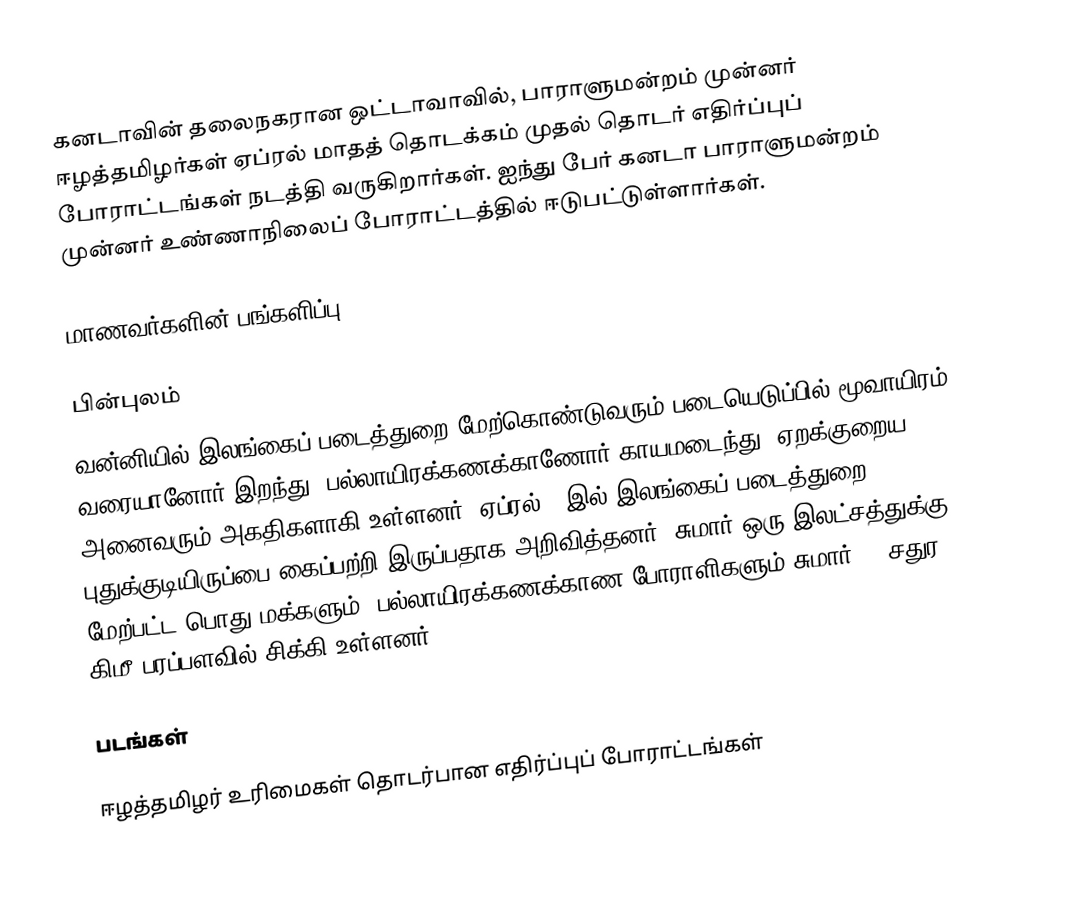
கனடாவின் தலைநகரான ஒட்டாவாவில், பாராளுமன்றம் முன்னர் ஈழத்தமிழர்கள் ஏப்ரல் மாதத் தொடக்கம் முதல் தொடர் எதிர்ப்புப் போராட்டங்கள் நடத்தி வருகிறார்கள்.  ஐந்து பேர் கனடா பாராளுமன்றம் முன்னர் உண்ணாநிலைப் போராட்டத்தில் ஈடுபட்டுள்ளார்கள்.

மாணவர்களின் பங்களிப்பு

பின்புலம்
வன்னியில் இலங்கைப் படைத்துறை மேற்கொண்டுவரும் படையெடுப்பில் மூவாயிரம் வரையானோர் இறந்து, பல்லாயிரக்கணக்காணோர் காயமடைந்து, ஏறக்குறைய அனைவரும் அகதிகளாகி உள்ளனர்.  ஏப்ரல் 5 இல் இலங்கைப் படைத்துறை புதுக்குடியிருப்பை கைப்பற்றி இருப்பதாக அறிவித்தனர்.  சுமார் ஒரு இலட்சத்துக்கு மேற்பட்ட பொது மக்களும், பல்லாயிரக்கணக்காண போராளிகளும் சுமார் 20 சதுர கிமீ பரப்பளவில் சிக்கி உள்ளனர்.

படங்கள்

ஈழத்தமிழர் உரிமைகள் தொடர்பான எதிர்ப்புப் போராட்டங்கள்